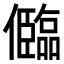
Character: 𠐼